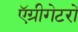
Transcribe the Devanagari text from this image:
ऍग्रीगेटरों